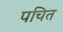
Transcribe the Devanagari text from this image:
पचित